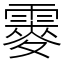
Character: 䨫